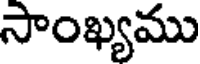
సాంఖ్యము